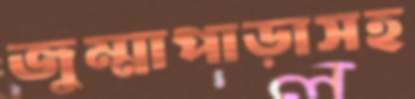
জুম্মাপাড়াসহ